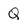
Character: Q